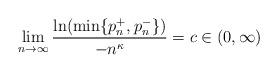
LaTeX: \begin{align*}\lim_{n\to\infty}\frac{\ln(\min\{p_n^+,p_n^-\})}{-n^\kappa} =c\in (0,\infty)\end{align*}